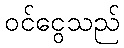
ဝင်ငွေသည်